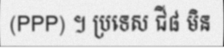
(PPP) ។ ប្រទេស ជី៨ មិន